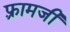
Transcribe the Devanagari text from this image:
फ़्रामजी